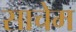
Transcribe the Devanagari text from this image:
साचेम